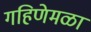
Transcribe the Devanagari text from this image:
गहिणेमळा